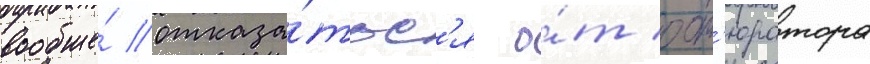
вообще́ отказа́тьс'я о́т обт'юратора